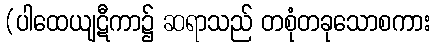
(ပါထေယျဋီကာ၌ ဆရာသည် တစုံတခုသောစကား